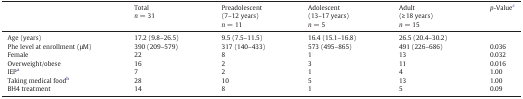
<table><thead><tr><td></td><td><b>Total<i>n</i> = 31</b></td><td><b>Preadolescent(7–12 years)<i>n</i> = 11</b></td><td><b>Adolescent(13–17 years)<i>n</i> = 5</b></td><td><b>Adult(≥ 18 years)<i>n</i> = 15</b></td><td><b><i>p</i>-Valuec</b></td></tr></thead><tbody><tr><td>Age (years)</td><td>17.2 (9.8–26.5)</td><td>9.5 (7.5–11.5)</td><td>16.4 (15.1–16.8)</td><td>26.5 (20.4–30.2)</td><td></td></tr><tr><td>Phe level at enrollment (μM)</td><td>390 (209–579)</td><td>317 (140–433)</td><td>573 (495–865)</td><td>491 (226–686)</td><td>0.036</td></tr><tr><td>Female</td><td>22</td><td>8</td><td>1</td><td>13</td><td>0.032</td></tr><tr><td>Overweight/obese</td><td>16</td><td>2</td><td>3</td><td>11</td><td>0.016</td></tr><tr><td>IEPa</td><td>7</td><td>2</td><td>1</td><td>4</td><td>1.00</td></tr><tr><td>Taking medical foodb</td><td>28</td><td>10</td><td>5</td><td>13</td><td>1.00</td></tr><tr><td>BH4 treatment</td><td>14</td><td>8</td><td>1</td><td>5</td><td>0.09</td></tr></tbody></table>